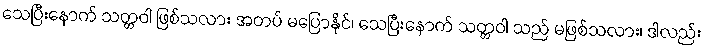
သေပြီးနောက် သတ္တဝါ ဖြစ်သလား အတပ် မပြောနိုင်၊ သေပြီးနောက် သတ္တဝါ သည် မဖြစ်သလား၊ ဒါလည်း